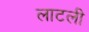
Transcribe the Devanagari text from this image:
लाटली